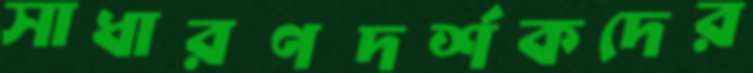
সাধারণদর্শকদের